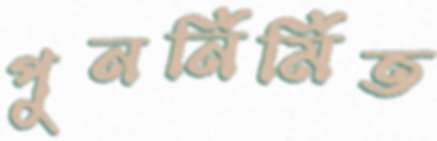
পুনর্নির্মিত